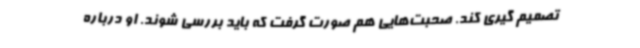
تصمیم گیری کند. صحبت‌هایی هم صورت گرفت که باید بررسی شوند. او درباره